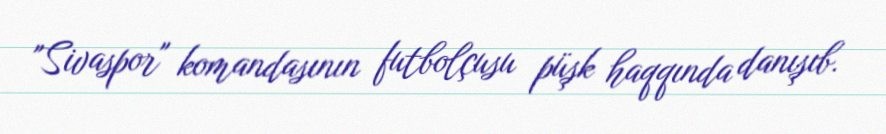
"Sivaspor" komandasının futbolçusu püşk haqqında danışıb.